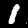
Label: 1